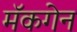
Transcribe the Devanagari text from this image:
मॅकगेन